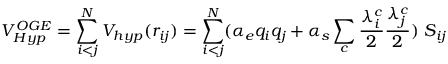
V _ { H y p } ^ { O G E } = \sum _ { i < j } ^ { N } V _ { h y p } ( r _ { i j } ) = \sum _ { i < j } ^ { N } ( \alpha _ { e } q _ { i } q _ { j } + \alpha _ { s } \sum _ { c } \frac { \lambda _ { i } ^ { c } } { 2 } \frac { \lambda _ { j } ^ { c } } { 2 } ) \ S _ { i j }